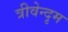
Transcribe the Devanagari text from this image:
त्रीवेन्दृम